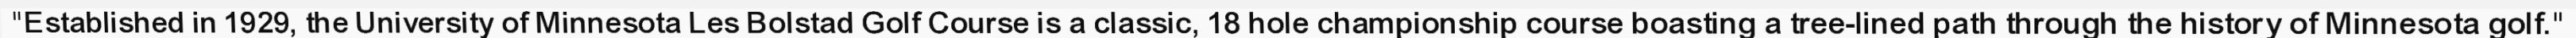
"Established in 1929, the University of Minnesota Les Bolstad Golf Course is a classic, 18 hole championship course boasting a tree-lined path through the history of Minnesota golf."